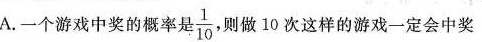
A.一个游戏中奖的概率是\frac{1}{10} 则做10次这样的游戏一定会中奖